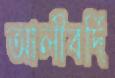
আলীবর্দি